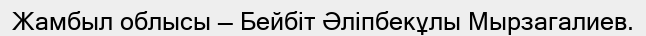
Жамбыл облысы — Бейбіт Әліпбекұлы Мырзагалиев.